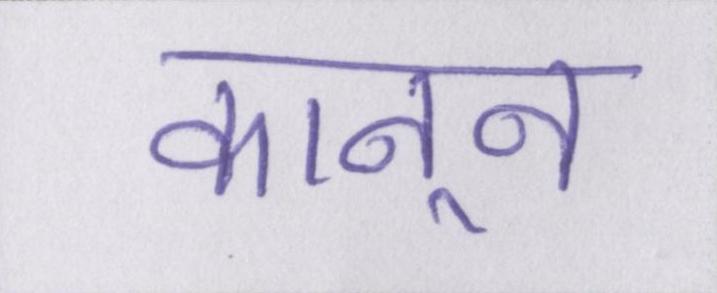
कानून